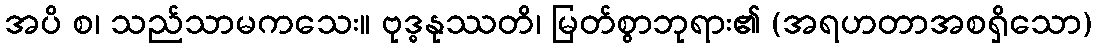
အပိ စ၊ သည်သာမကသေး။ ဗုဒ္ဓနုဿတိ၊ မြတ်စွာဘုရား၏ (အရဟတာအစရှိသော)